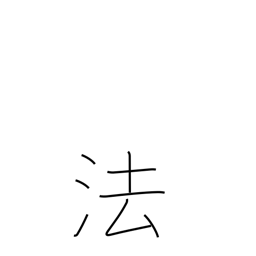
Meaning: method